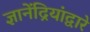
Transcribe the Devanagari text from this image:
ज्ञानेंद्रियांद्वारे